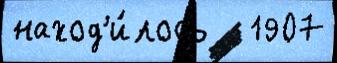
наход'и́лось   1907